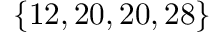
\{ 1 2 , 2 0 , 2 0 , 2 8 \}